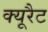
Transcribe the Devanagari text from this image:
क्यूरैट